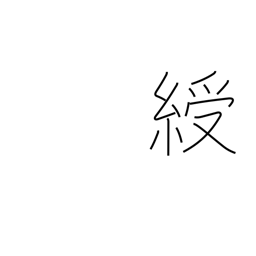
Meaning: ribbon